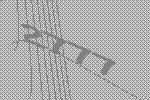
2777